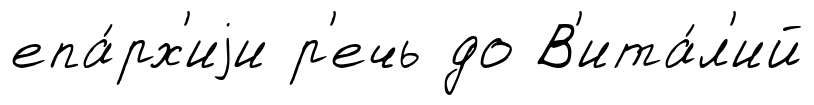
епа́рх'иjи р'ечь до В'ита́л'ий